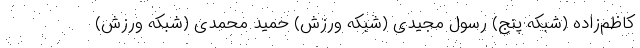
کاظم‌زاده (شبکه پنج) رسول مجیدی (شبکه ورزش) حمید محمدی (شبکه ورزش)